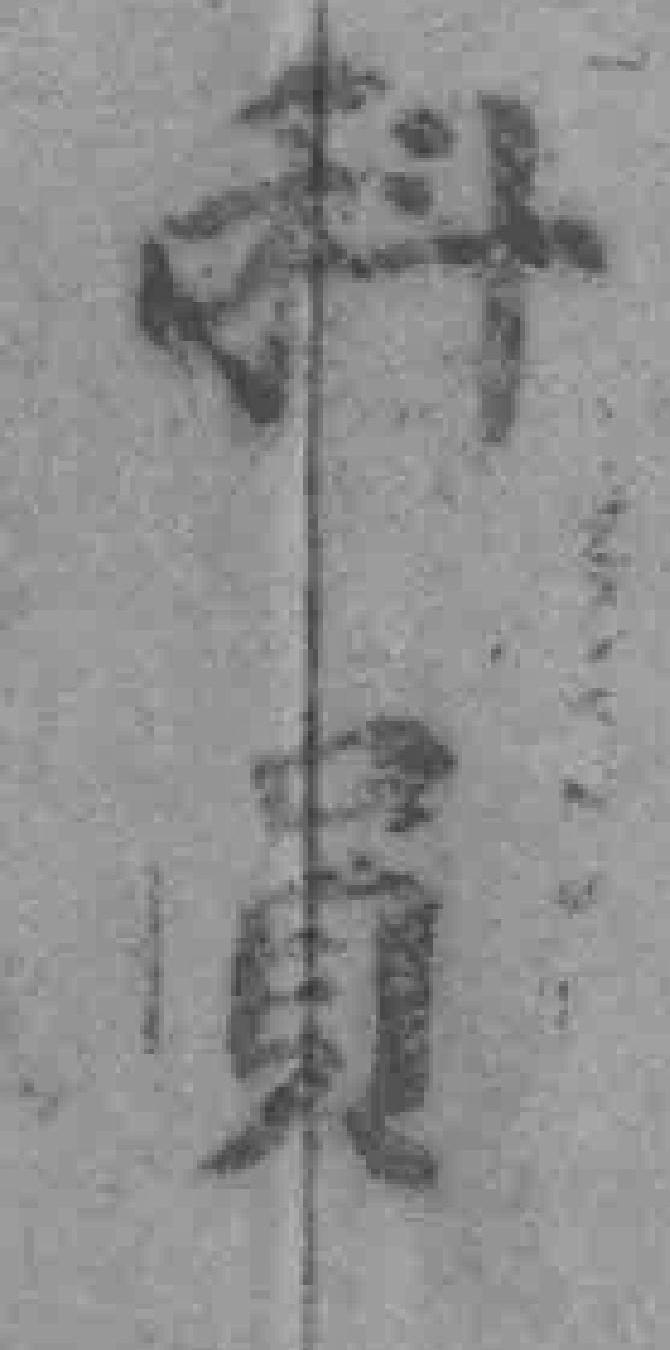
科員